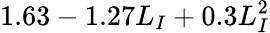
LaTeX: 1.63-1.27L_{I}+0.3L_{I}^{2}